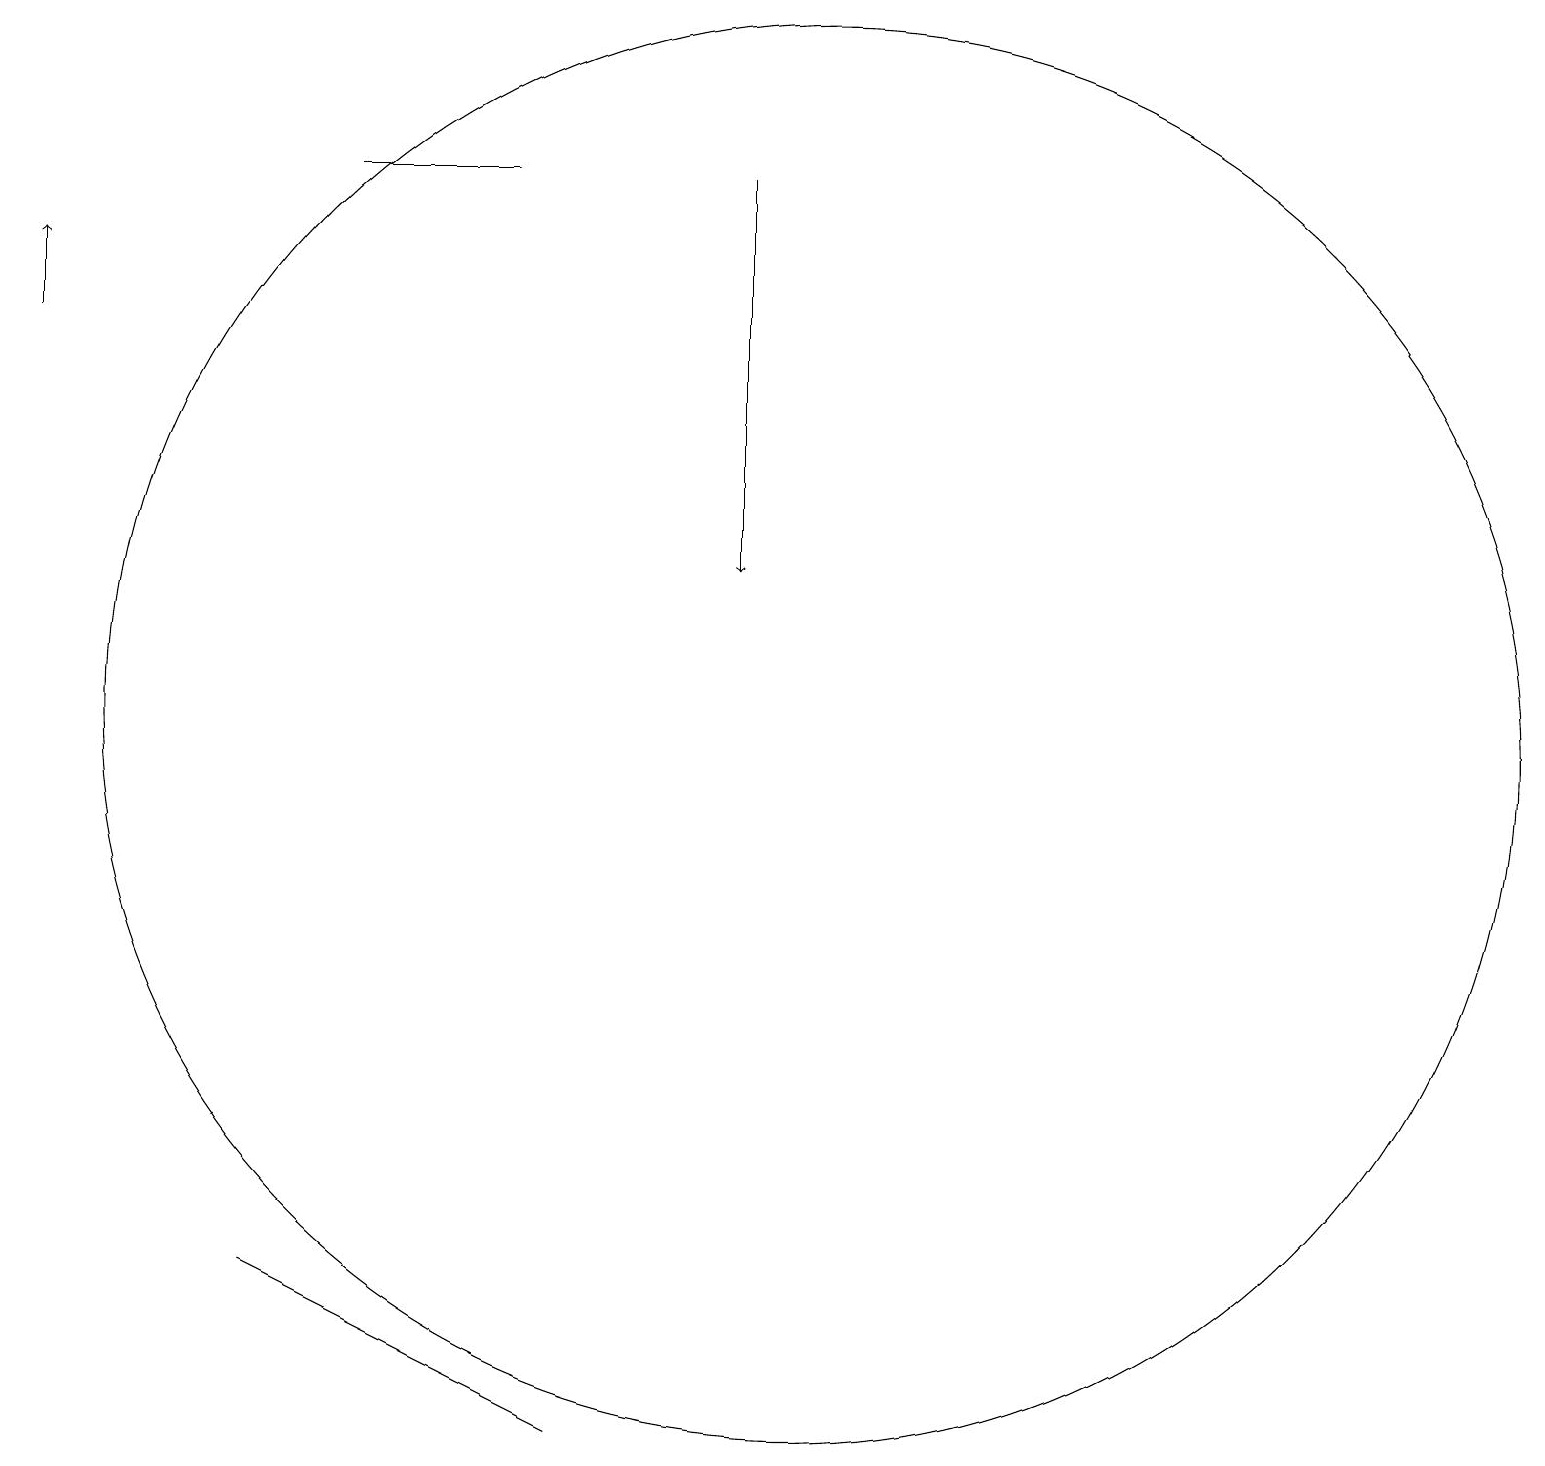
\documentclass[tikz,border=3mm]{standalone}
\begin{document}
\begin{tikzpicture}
\draw (10,10) circle (9);
\draw (7,1) -- (5,2) -- (3,3) -- cycle;
\draw[->] (9,17) -- (9,12);
\draw[->] (0,15) -- (0,16);
\draw (6,17) rectangle (4,17);
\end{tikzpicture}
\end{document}